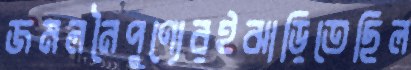
জমলনৈপুণ্যেরইঝাড়িতেছিল